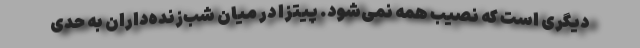
دیگری است که نصیب همه نمی‌شود. پیتزا در میان شب‌زنده‌داران به حدی